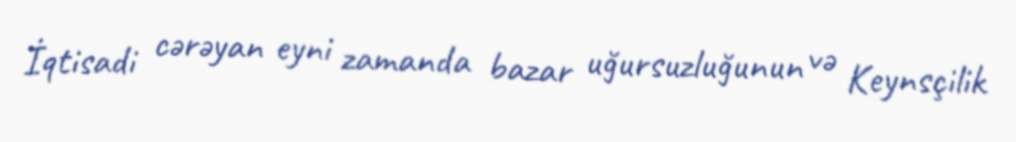
İqtisadi cərəyan eyni zamanda bazar uğursuzluğunun və Keynsçilik